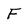
Character: F